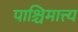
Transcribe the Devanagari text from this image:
पाश्चिमात्त्य